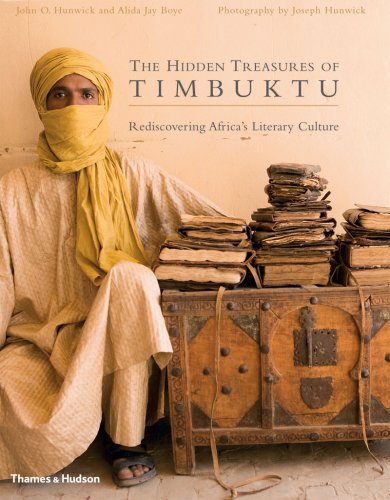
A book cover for The Hidden Treasures of Timbuktu: Rediscovering Africa's Literary Culture; Alida Jay Boye; Literature & Fiction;